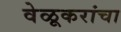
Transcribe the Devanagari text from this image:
वेळूकरांचा